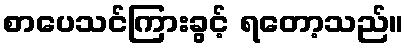
စာပေသင်ကြားခွင့် ရတော့သည်။